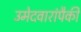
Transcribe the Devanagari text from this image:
उमेदवारांपैकी